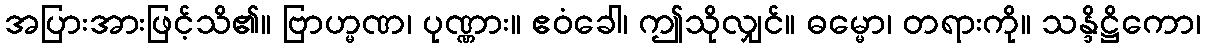
အပြားအားဖြင့်သိ၏။ ဗြာဟ္မဏ၊ ပုဏ္ဏား။ ဧဝံခေါ၊ ဤသိုလျှင်။ ဓမ္မော၊ တရားကို။ သန္ဒိဋ္ဌိကော၊